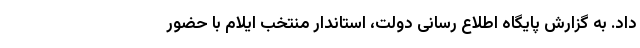
داد. به گزارش پایگاه اطلاع رسانی دولت، استاندار منتخب ایلام با حضور